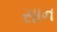
સાન